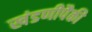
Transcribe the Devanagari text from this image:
खंडणीपैकी